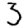
Digit: 3